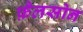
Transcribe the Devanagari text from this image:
फ़ैलसोन